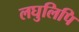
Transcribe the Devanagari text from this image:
लघुलिपि